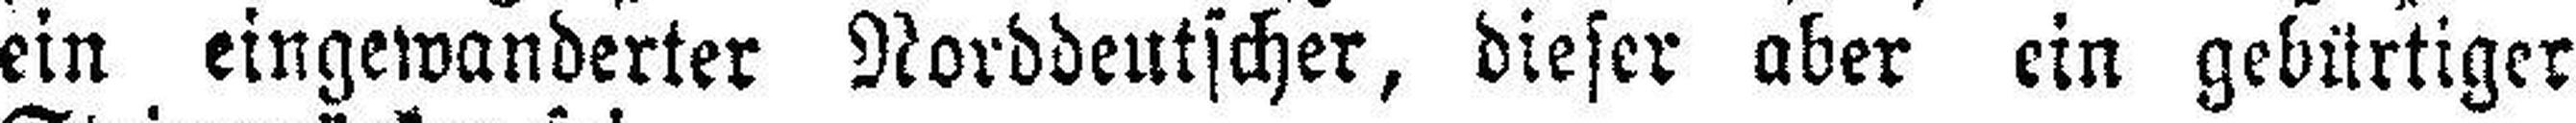
ein eingewanderter Norddeutscher, dieser aber ein gebürtiger